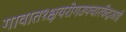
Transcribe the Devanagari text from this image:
गावात१क्षयरोगउपचारकेंद्रआहे